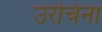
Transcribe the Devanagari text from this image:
उरेचिना